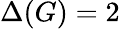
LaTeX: \Delta(G)=2